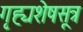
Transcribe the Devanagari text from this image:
गृह्यशेषसूत्र